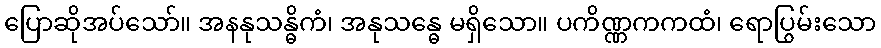
ပြောဆိုအပ်သော်။ အနနုသန္ဓိကံ၊ အနုသန္ဓေ မရှိသော။ ပကိဏ္ဏကကထံ၊ ရောပြွမ်းသော